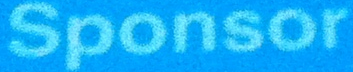
Sponsor